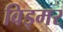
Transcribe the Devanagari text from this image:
विड्मर